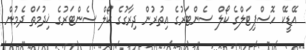
އޭޑީކޭ ހޮސްޕިޓަލްގެ ކޯލް ސެންޓަރުގެ އިތުރުން ދިރާގުގެ ކޯލް ސެންޓަރުގެ ޚިދުމަތް ދެމުން